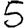
Digit: 5